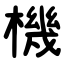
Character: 機